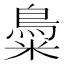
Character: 𪀳